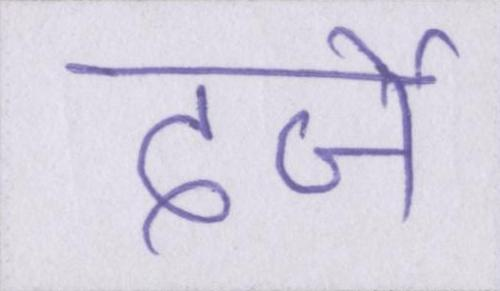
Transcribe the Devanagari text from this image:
दर्जे